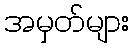
အမှတ်များ